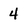
Character: 4